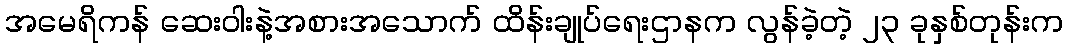
အမေရိကန် ဆေးဝါးနဲ့အစားအသောက် ထိန်းချုပ်ရေးဌာနက လွန်ခဲ့တဲ့ ၂၃ ခုနှစ်တုန်းက